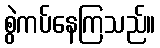
စွဲကပ်နေကြသည်။